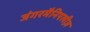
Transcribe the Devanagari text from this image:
जंगरमैनिएलीज़